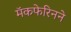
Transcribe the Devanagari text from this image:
मॅकफेरिनने